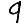
Digit: 9